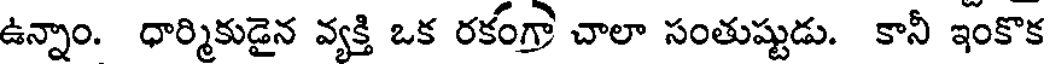
ఉన్నాం. ధార్మికుడైన వ్యక్తి ఒక రకంగ్రా చాలా సంతుష్టుడు. కానీ ఇంకొక